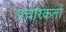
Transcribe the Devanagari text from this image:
प्रचारकर्ता